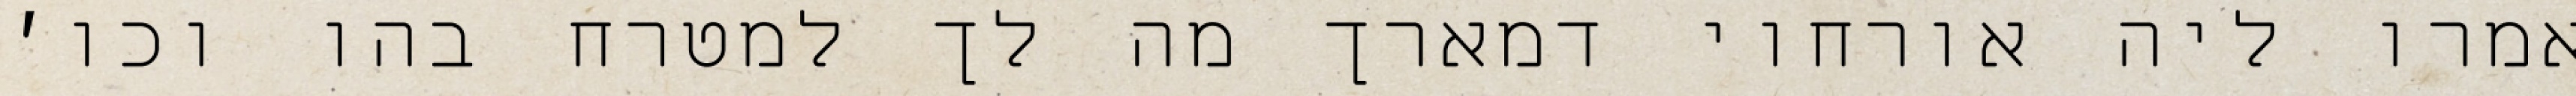
אמרו ליה אורחוי דמארך מה לך למטרח בהו וכו׳